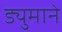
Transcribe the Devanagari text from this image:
ड्युमाने